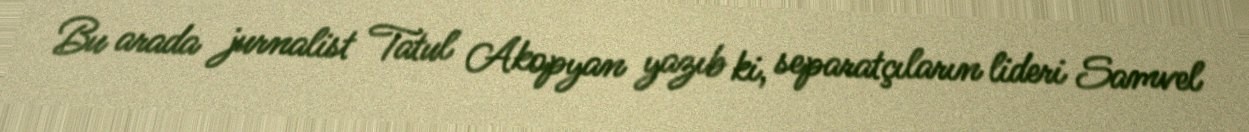
Bu arada jurnalist Tatul Akopyan yazıb ki, separatçıların lideri Samvel